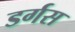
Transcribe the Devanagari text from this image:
डर्गस